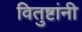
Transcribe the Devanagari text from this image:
वितुष्टांनी